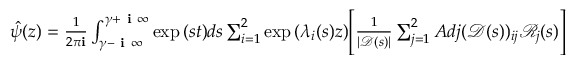
\begin{array} { r } { \hat { \psi } ( z ) = \frac { 1 } { 2 \pi \mathbf { i } } \int _ { \gamma - \textbf { i } \infty } ^ { \gamma + \textbf { i } \infty } \exp { ( s t ) } d s \sum _ { i = 1 } ^ { 2 } \exp { ( \lambda _ { i } ( s ) z ) } \Bigg [ \frac { 1 } { | \mathscr { D } ( s ) | } \sum _ { j = 1 } ^ { 2 } A d j ( \mathscr { D } ( s ) ) _ { i j } \mathscr { R } _ { j } ( s ) \Bigg ] } \end{array}